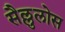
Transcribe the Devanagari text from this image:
सैल्लुलोस